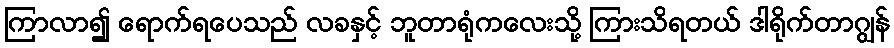
ကြာလာ၍ ရောက်ရပေသည် လခနှင့် ဘူတာရုံကလေးသို့ ကြားသိရတယ် ဒါရိုက်တာဂျွန်